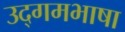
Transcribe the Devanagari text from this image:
उद्गमभाषा